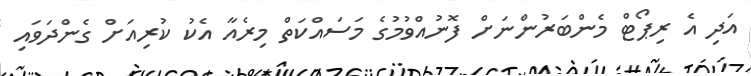
އަދި އެ ރިޕޯޓް މެންބަރުންނަށް ފޮނުއްވުމުގެ މަސައްކަތް މިރެއާ އެކު ކުރިއަށް ގެންދަވައި